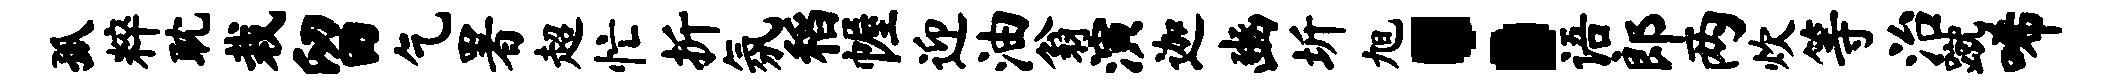
孤粹耽栽留乞署超忙折氛稻幄迎油翁演迦豳圻旭：语郎两炊等治蹴唏